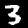
Digit: 3